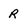
Character: R